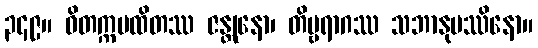
၃၄၉။ ဝိတက္ကမထိတဿ ဇန္တုနော၊ တိဗ္ဗရာဂဿ သဘာနုပဿိနော။